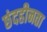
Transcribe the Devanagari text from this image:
छंदहीनता